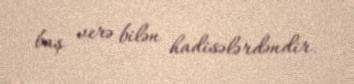
baş verə bilən hadisələrdəndir.